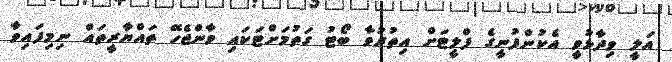
އަލީ ވިދާޅުވީ އެކުންފުނީގެ ފްލީޓަށް އިތުރުވާ ބޯޓު ގަތުމަށްޓަކައި ވާންޖެހޭ ތައްޔާރީތައް ނިމިފައިވާ